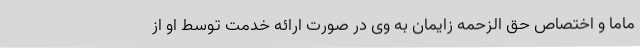
ماما و اختصاص حق الزحمه زایمان به وی در صورت ارائه خدمت توسط او از